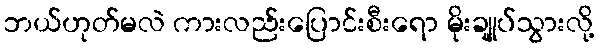
ဘယ်ဟုတ်မလဲ ကားလည်းပြောင်းစီးရော မိုးချုုပ်သွားလို့